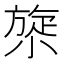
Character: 𰕯